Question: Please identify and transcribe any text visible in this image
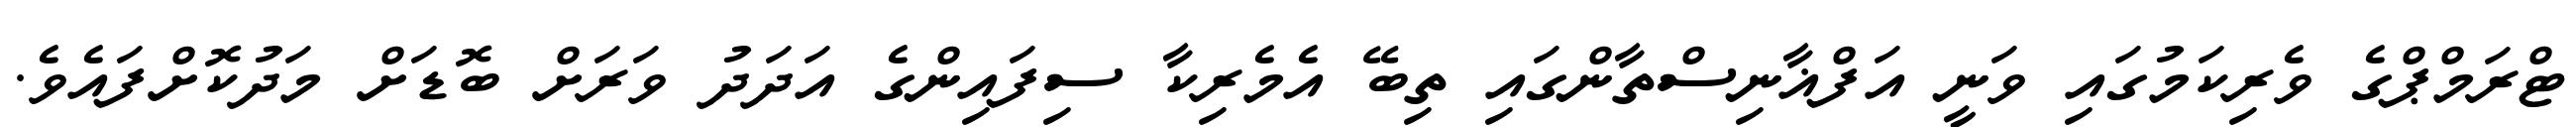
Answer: ޓްރަމްޕްގެ ވެރިކަމުގައި ވަނީ އަފްޣާނިސްތާންގައި ތިބޭ އެމެރިކާ ސިފައިންގެ އަދަދު ވަރަށް ބޮޑަށް މަދުކޮށްފައެވެ.